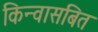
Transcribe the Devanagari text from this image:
किन्वासबित